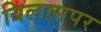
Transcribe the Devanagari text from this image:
बिलासपर